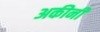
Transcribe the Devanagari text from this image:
अकीनी